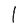
Character: I